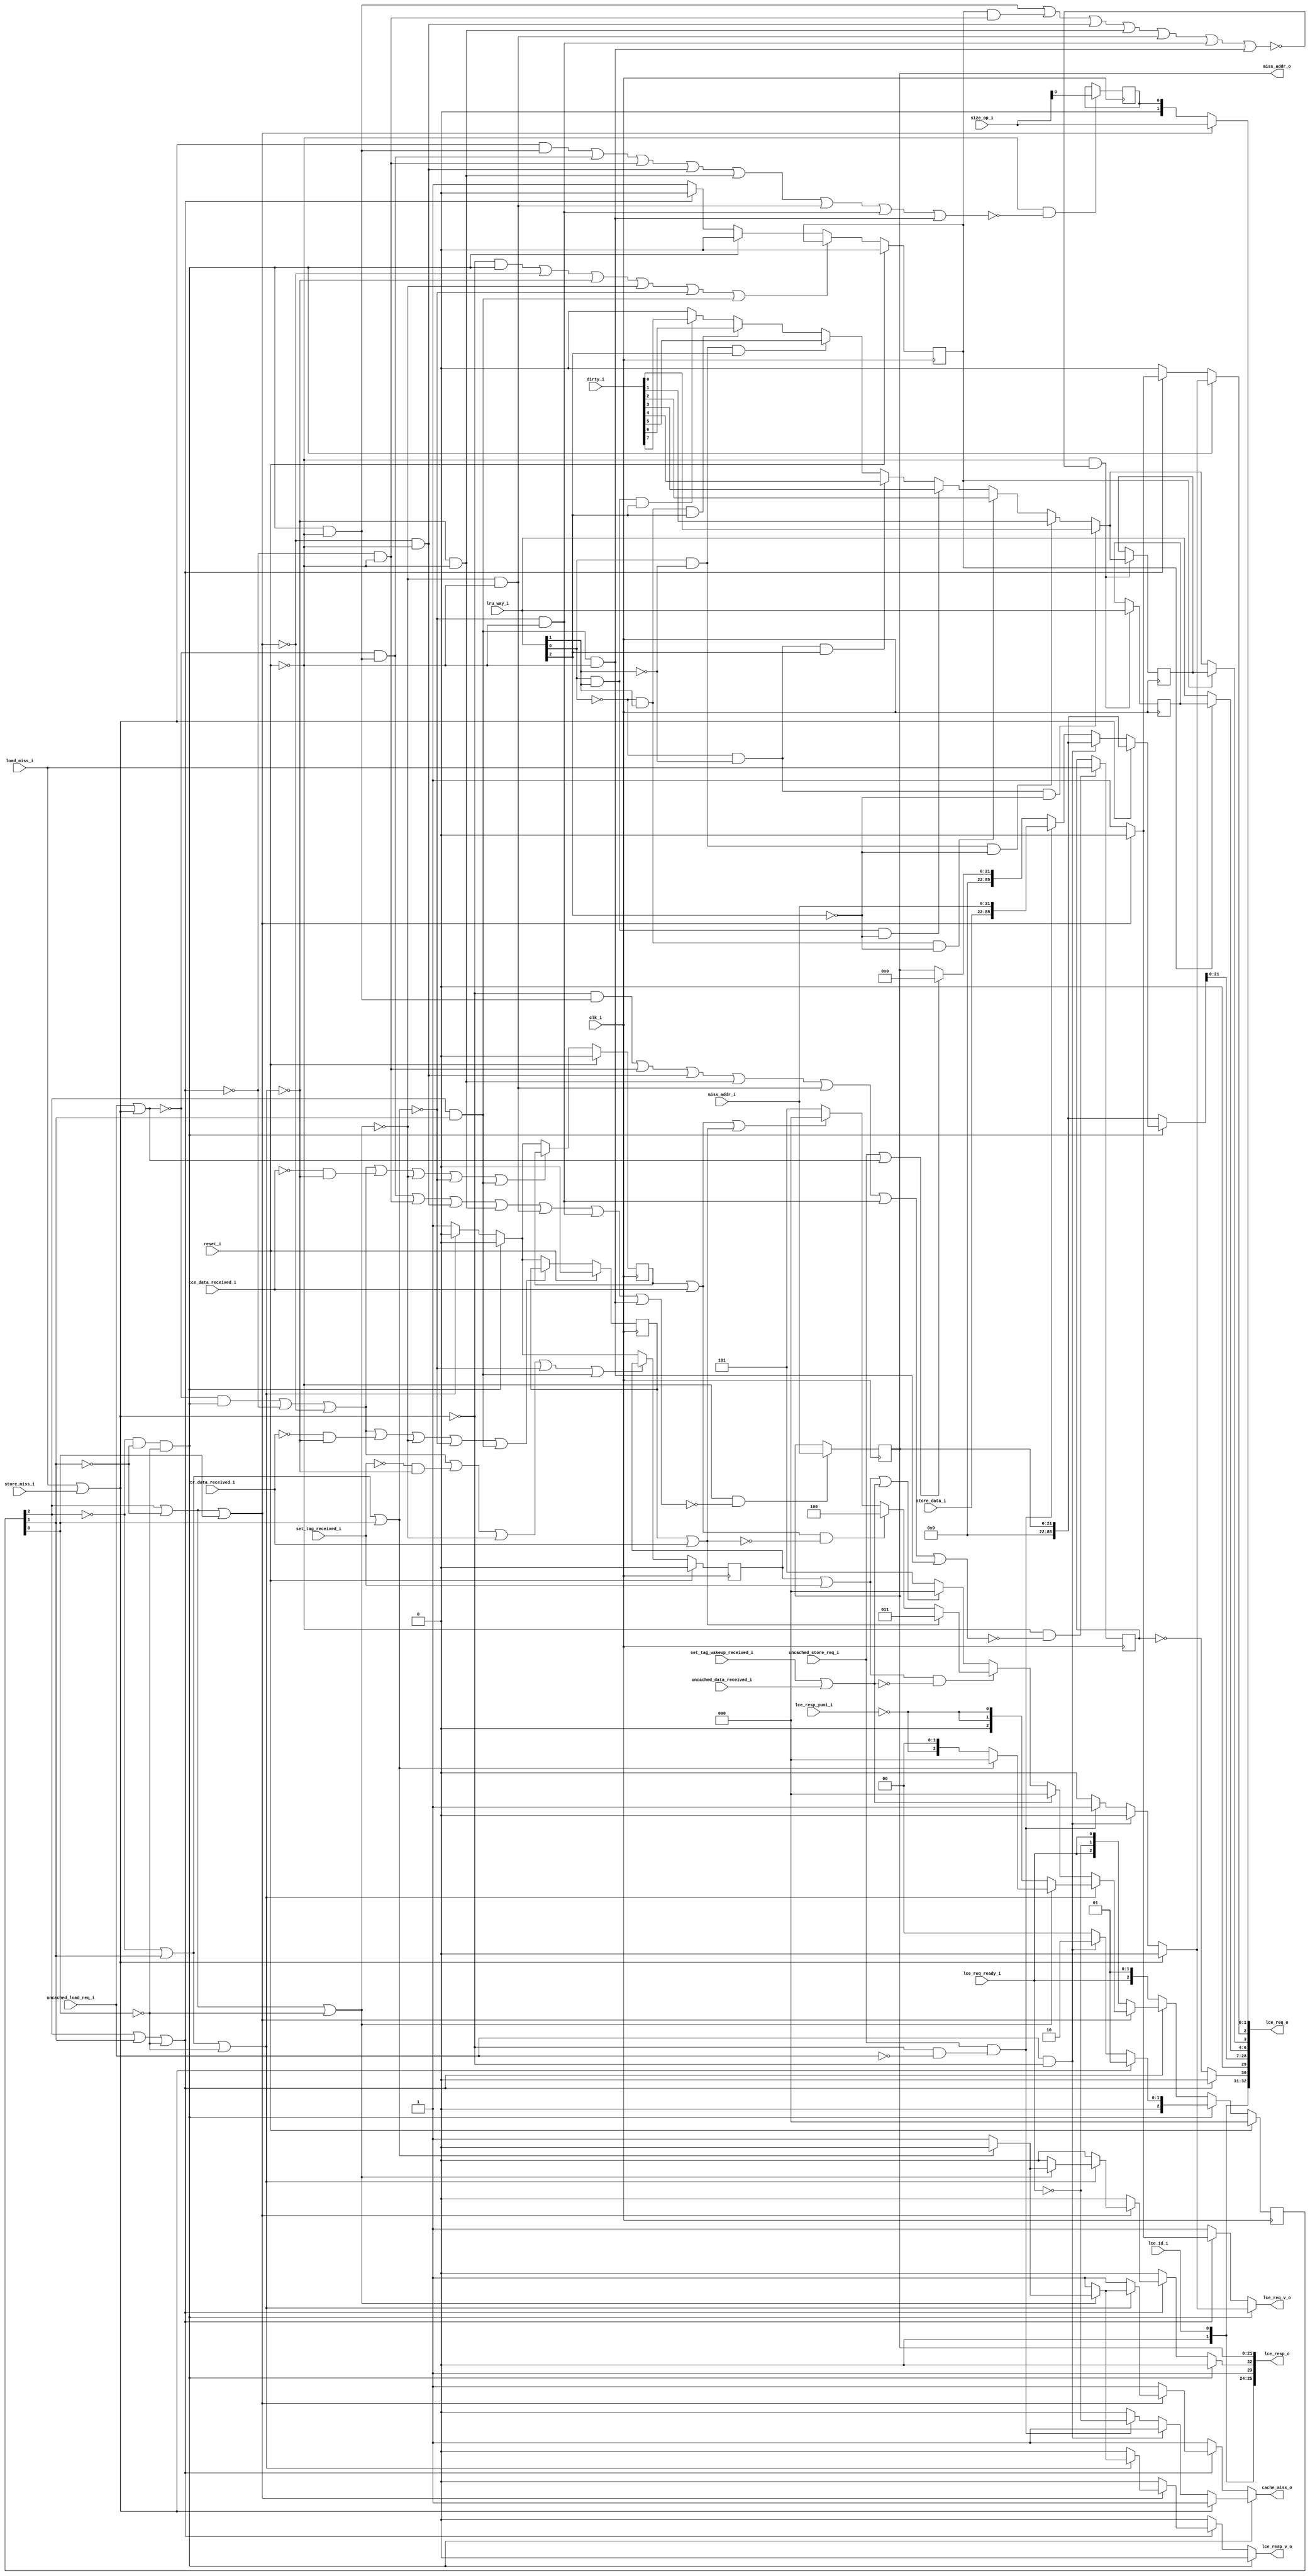
module bp_be_dcache_lce_req_data_width_p64_paddr_width_p22_num_cce_p1_num_lce_p2_ways_p8
(
  clk_i,
  reset_i,
  lce_id_i,
  load_miss_i,
  store_miss_i,
  miss_addr_i,
  lru_way_i,
  dirty_i,
  uncached_load_req_i,
  uncached_store_req_i,
  store_data_i,
  size_op_i,
  cache_miss_o,
  miss_addr_o,
  tr_data_received_i,
  cce_data_received_i,
  uncached_data_received_i,
  set_tag_received_i,
  set_tag_wakeup_received_i,
  lce_req_o,
  lce_req_v_o,
  lce_req_ready_i,
  lce_resp_o,
  lce_resp_v_o,
  lce_resp_yumi_i
);

  input [0:0] lce_id_i;
  input [21:0] miss_addr_i;
  input [2:0] lru_way_i;
  input [7:0] dirty_i;
  input [63:0] store_data_i;
  input [1:0] size_op_i;
  output [21:0] miss_addr_o;
  output [96:0] lce_req_o;
  output [25:0] lce_resp_o;
  input clk_i;
  input reset_i;
  input load_miss_i;
  input store_miss_i;
  input uncached_load_req_i;
  input uncached_store_req_i;
  input tr_data_received_i;
  input cce_data_received_i;
  input uncached_data_received_i;
  input set_tag_received_i;
  input set_tag_wakeup_received_i;
  input lce_req_ready_i;
  input lce_resp_yumi_i;
  output cache_miss_o;
  output lce_req_v_o;
  output lce_resp_v_o;
  wire [96:0] lce_req_o;
  wire [25:0] lce_resp_o;
  wire cache_miss_o,lce_req_v_o,lce_resp_v_o,N0,N1,N2,N3,N4,N5,N6,N7,N8,N9,N10,N11,
  tr_data_received,cce_data_received,set_tag_received,N12,N13,N14,N15,N16,N17,N18,N19,
  N20,N21,N22,N23,N24,N25,N26,N27,N28,dirty_lru_flopped_n,tr_data_received_n,
  cce_data_received_n,set_tag_received_n,N29,N30,N31,N32,N33,N34,N35,N36,N37,N38,N39,
  N40,N41,N42,N43,N44,N45,N46,N47,N48,N49,N50,N51,N52,N53,N54,N55,N56,N57,N58,N59,
  N60,N61,N62,N63,N64,N65,N66,N67,N68,N69,N70,N71,N72,N73,N74,N75,N76,N77,N78,N79,
  N80,N81,N82,N83,N84,N85,N86,N87,N88,N89,N90,N91,N92,N93,N94,N95,N96,N97,N98,N99,
  N100,N101,N102,N103,N104,N105,N106,N107,N108,N109,N110,N111,N112,N113,N114,N115,
  N116,N117,N118,N119,N120,N121,N122,N123,N124,N125,N126,N127,N128,N129,N130,N131,
  N132,N133,N134,N135,N136,N137,N138,N139,N140,N141,N142,N143,N144,N145,N146,N147,
  N148,N149,N150,N151,N152,N153,N154,N155,N156,N157,N158,N159,N160,N161,N162,N163,
  N164,N165,N166,N167,N168,N169,N170,N171,N172,N173,N174,N175,N176,N177,N178,N179,
  N180,N181,N182,N183,N184,N185,N186,N187,N188,N189,N190,N191,N192,N193,N194,N195,
  N196,N197,N198,N199,N200,N201,N202,N203,N204,N205,N206,N207,N208,N209,N210,N211,
  N212,N213,N214,N215,N216,N217,N218,N219,N220,N221,N222,N223,N224,N225,N226,N227,
  N228,N229,N230,N231,N232,N233,N234,N235,N236,N237,N238,N239,N240,N241,N242,N243,
  N244,N245,N246,N247,N248,N249,N250,N251,N252,N253,N254,N255,N256;
  wire [2:0] state_n;
  reg size_op_r,dirty_lru_flopped_r,tr_data_received_r,cce_data_received_r,
  set_tag_received_r,load_not_store_r,dirty_r;
  reg [2:0] state_r,lru_way_r;
  reg [21:0] miss_addr_o;
  assign lce_resp_o[23] = 1'b1;
  assign lce_resp_o[25] = 1'b0;
  assign lce_req_o[29] = 1'b0;
  assign lce_req_o[32] = 1'b0;
  assign lce_resp_o[21] = miss_addr_o[21];
  assign lce_resp_o[20] = miss_addr_o[20];
  assign lce_resp_o[19] = miss_addr_o[19];
  assign lce_resp_o[18] = miss_addr_o[18];
  assign lce_resp_o[17] = miss_addr_o[17];
  assign lce_resp_o[16] = miss_addr_o[16];
  assign lce_resp_o[15] = miss_addr_o[15];
  assign lce_resp_o[14] = miss_addr_o[14];
  assign lce_resp_o[13] = miss_addr_o[13];
  assign lce_resp_o[12] = miss_addr_o[12];
  assign lce_resp_o[11] = miss_addr_o[11];
  assign lce_resp_o[10] = miss_addr_o[10];
  assign lce_resp_o[9] = miss_addr_o[9];
  assign lce_resp_o[8] = miss_addr_o[8];
  assign lce_resp_o[7] = miss_addr_o[7];
  assign lce_resp_o[6] = miss_addr_o[6];
  assign lce_resp_o[5] = miss_addr_o[5];
  assign lce_resp_o[4] = miss_addr_o[4];
  assign lce_resp_o[3] = miss_addr_o[3];
  assign lce_resp_o[2] = miss_addr_o[2];
  assign lce_resp_o[1] = miss_addr_o[1];
  assign lce_resp_o[0] = miss_addr_o[0];
  assign lce_resp_o[24] = lce_id_i[0];
  assign lce_req_o[31] = lce_id_i[0];
  assign N28 = (N20)? dirty_i[0] :
               (N22)? dirty_i[1] :
               (N24)? dirty_i[2] :
               (N26)? dirty_i[3] :
               (N21)? dirty_i[4] :
               (N23)? dirty_i[5] :
               (N25)? dirty_i[6] :
               (N27)? dirty_i[7] : 1'b0;
  assign N32 = N29 & N30;
  assign N33 = N32 & N31;
  assign N34 = state_r[2] | state_r[1];
  assign N35 = N34 | N31;
  assign N37 = state_r[2] | N30;
  assign N38 = N37 | state_r[0];
  assign N40 = N29 | state_r[1];
  assign N41 = N40 | N31;
  assign N43 = state_r[2] | N30;
  assign N44 = N43 | N31;
  assign N46 = N29 | state_r[1];
  assign N47 = N46 | state_r[0];
  assign N49 = state_r[2] & state_r[1];
  assign lce_req_o[6:4] = (N0)? lru_way_r :
                          (N1)? lru_way_i : 1'b0;
  assign N0 = dirty_lru_flopped_r;
  assign N1 = N12;
  assign lce_req_o[3] = (N0)? dirty_r :
                        (N1)? N28 : 1'b0;
  assign N57 = (N2)? 1'b1 :
               (N167)? 1'b1 :
               (N170)? N54 :
               (N53)? 1'b0 : 1'b0;
  assign N2 = N50;
  assign { N59, N58 } = (N2)? { 1'b0, 1'b1 } :
                        (N167)? { 1'b1, 1'b0 } :
                        (N170)? { 1'b0, 1'b0 } :
                        (N53)? { 1'b0, 1'b0 } : 1'b0;
  assign N60 = (N2)? 1'b0 :
               (N167)? 1'b0 :
               (N170)? 1'b1 :
               (N53)? 1'b0 : 1'b0;
  assign { N146, N145, N144, N143, N142, N141, N140, N139, N138, N137, N136, N135, N134, N133, N132, N131, N130, N129, N128, N127, N126, N125, N124, N123, N122, N121, N120, N119, N118, N117, N116, N115, N114, N113, N112, N111, N110, N109, N108, N107, N106, N105, N104, N103, N102, N101, N100, N99, N98, N97, N96, N95, N94, N93, N92, N91, N90, N89, N88, N87, N86, N85, N84, N83, N82, N81, N80, N79, N78, N77, N76, N75, N74, N73, N72, N71, N70, N69, N68, N67, N66, N65, N64, N63, N62, N61 } = (N2)? { 1'b0, 1'b0, 1'b0, 1'b0, 1'b0, 1'b0, 1'b0, 1'b0, 1'b0, 1'b0, 1'b0, 1'b0, 1'b0, 1'b0, 1'b0, 1'b0, 1'b0, 1'b0, 1'b0, 1'b0, 1'b0, 1'b0, 1'b0, 1'b0, 1'b0, 1'b0, 1'b0, 1'b0, 1'b0, 1'b0, 1'b0, 1'b0, 1'b0, 1'b0, 1'b0, 1'b0, 1'b0, 1'b0, 1'b0, 1'b0, 1'b0, 1'b0, 1'b0, 1'b0, 1'b0, 1'b0, 1'b0, 1'b0, 1'b0, 1'b0, 1'b0, 1'b0, 1'b0, 1'b0, 1'b0, 1'b0, 1'b0, 1'b0, 1'b0, 1'b0, 1'b0, 1'b0, 1'b0, 1'b0, miss_addr_o } :
                                                                                                                                                                                                                                                                                                                                                                                                                                                                                                           (N167)? { 1'b0, 1'b0, 1'b0, 1'b0, 1'b0, 1'b0, 1'b0, 1'b0, 1'b0, 1'b0, 1'b0, 1'b0, 1'b0, 1'b0, 1'b0, 1'b0, 1'b0, 1'b0, 1'b0, 1'b0, 1'b0, 1'b0, 1'b0, 1'b0, 1'b0, 1'b0, 1'b0, 1'b0, 1'b0, 1'b0, 1'b0, 1'b0, 1'b0, 1'b0, 1'b0, 1'b0, 1'b0, 1'b0, 1'b0, 1'b0, 1'b0, 1'b0, 1'b0, 1'b0, 1'b0, 1'b0, 1'b0, 1'b0, 1'b0, 1'b0, 1'b0, 1'b0, 1'b0, 1'b0, 1'b0, 1'b0, 1'b0, 1'b0, 1'b0, 1'b0, 1'b0, 1'b0, 1'b0, 1'b0, miss_addr_o } :
                                                                                                                                                                                                                                                                                                                                                                                                                                                                                                           (N170)? { store_data_i, miss_addr_i } :
                                                                                                                                                                                                                                                                                                                                                                                                                                                                                                           (N53)? { 1'b0, 1'b0, 1'b0, 1'b0, 1'b0, 1'b0, 1'b0, 1'b0, 1'b0, 1'b0, 1'b0, 1'b0, 1'b0, 1'b0, 1'b0, 1'b0, 1'b0, 1'b0, 1'b0, 1'b0, 1'b0, 1'b0, 1'b0, 1'b0, 1'b0, 1'b0, 1'b0, 1'b0, 1'b0, 1'b0, 1'b0, 1'b0, 1'b0, 1'b0, 1'b0, 1'b0, 1'b0, 1'b0, 1'b0, 1'b0, 1'b0, 1'b0, 1'b0, 1'b0, 1'b0, 1'b0, 1'b0, 1'b0, 1'b0, 1'b0, 1'b0, 1'b0, 1'b0, 1'b0, 1'b0, 1'b0, 1'b0, 1'b0, 1'b0, 1'b0, 1'b0, 1'b0, 1'b0, 1'b0, miss_addr_o } : 1'b0;
  assign { N158, N157, N156 } = (N3)? { 1'b0, 1'b1, 1'b1 } :
                                (N174)? { 1'b1, 1'b0, 1'b0 } :
                                (N155)? { 1'b1, 1'b0, 1'b1 } : 1'b0;
  assign N3 = tr_data_received;
  assign { N161, N160, N159 } = (N4)? { 1'b0, 1'b0, 1'b0 } :
                                (N172)? { N158, N157, N156 } :
                                (N153)? { 1'b1, 1'b0, 1'b1 } : 1'b0;
  assign N4 = N151;
  assign lce_req_o[1:0] = (N5)? { 1'b0, size_op_r } :
                          (N163)? size_op_i : 1'b0;
  assign N5 = N39;
  assign lce_req_o[2] = (N6)? N60 :
                        (N7)? 1'b0 :
                        (N5)? 1'b1 :
                        (N8)? 1'b0 :
                        (N9)? 1'b0 :
                        (N10)? 1'b0 :
                        (N11)? 1'b0 : 1'b0;
  assign N6 = N33;
  assign N7 = N36;
  assign N8 = N42;
  assign N9 = N45;
  assign N10 = N48;
  assign N11 = N49;
  assign { lce_req_o[96:33], lce_req_o[28:7] } = (N6)? { N146, N145, N144, N143, N142, N141, N140, N139, N138, N137, N136, N135, N134, N133, N132, N131, N130, N129, N128, N127, N126, N125, N124, N123, N122, N121, N120, N119, N118, N117, N116, N115, N114, N113, N112, N111, N110, N109, N108, N107, N106, N105, N104, N103, N102, N101, N100, N99, N98, N97, N96, N95, N94, N93, N92, N91, N90, N89, N88, N87, N86, N85, N84, N83, N82, N81, N80, N79, N78, N77, N76, N75, N74, N73, N72, N71, N70, N69, N68, N67, N66, N65, N64, N63, N62, N61 } :
                                                 (N165)? { 1'b0, 1'b0, 1'b0, 1'b0, 1'b0, 1'b0, 1'b0, 1'b0, 1'b0, 1'b0, 1'b0, 1'b0, 1'b0, 1'b0, 1'b0, 1'b0, 1'b0, 1'b0, 1'b0, 1'b0, 1'b0, 1'b0, 1'b0, 1'b0, 1'b0, 1'b0, 1'b0, 1'b0, 1'b0, 1'b0, 1'b0, 1'b0, 1'b0, 1'b0, 1'b0, 1'b0, 1'b0, 1'b0, 1'b0, 1'b0, 1'b0, 1'b0, 1'b0, 1'b0, 1'b0, 1'b0, 1'b0, 1'b0, 1'b0, 1'b0, 1'b0, 1'b0, 1'b0, 1'b0, 1'b0, 1'b0, 1'b0, 1'b0, 1'b0, 1'b0, 1'b0, 1'b0, 1'b0, 1'b0, miss_addr_o } : 1'b0;
  assign lce_req_o[30] = (N7)? N147 :
                         (N166)? 1'b0 : 1'b0;
  assign dirty_lru_flopped_n = (N6)? 1'b0 :
                               (N7)? 1'b1 : 1'b0;
  assign tr_data_received_n = (N6)? 1'b0 :
                              (N8)? 1'b1 : 1'b0;
  assign cce_data_received_n = (N6)? 1'b0 :
                               (N8)? 1'b1 : 1'b0;
  assign set_tag_received_n = (N6)? 1'b0 :
                              (N8)? 1'b1 : 1'b0;
  assign cache_miss_o = (N6)? N57 :
                        (N7)? 1'b1 :
                        (N5)? 1'b1 :
                        (N8)? 1'b1 :
                        (N9)? 1'b1 :
                        (N10)? 1'b1 :
                        (N11)? 1'b0 : 1'b0;
  assign state_n = (N6)? { 1'b0, N59, N58 } :
                   (N7)? { lce_req_ready_i, 1'b0, 1'b1 } :
                   (N5)? { lce_req_ready_i, N54, lce_req_ready_i } :
                   (N8)? { N161, N160, N159 } :
                   (N9)? { 1'b0, N162, N162 } :
                   (N10)? { N162, 1'b0, 1'b0 } :
                   (N11)? { 1'b0, 1'b0, 1'b0 } : 1'b0;
  assign lce_req_v_o = (N6)? N60 :
                       (N7)? 1'b1 :
                       (N5)? 1'b1 :
                       (N8)? 1'b0 :
                       (N9)? 1'b0 :
                       (N10)? 1'b0 :
                       (N11)? 1'b0 : 1'b0;
  assign lce_resp_v_o = (N6)? 1'b0 :
                        (N7)? 1'b0 :
                        (N5)? 1'b0 :
                        (N8)? 1'b0 :
                        (N9)? 1'b1 :
                        (N10)? 1'b1 :
                        (N11)? 1'b0 : 1'b0;
  assign lce_resp_o[22] = (N6)? 1'b0 :
                          (N7)? 1'b0 :
                          (N5)? 1'b0 :
                          (N8)? 1'b0 :
                          (N9)? 1'b0 :
                          (N10)? 1'b1 :
                          (N11)? 1'b0 : 1'b0;
  assign tr_data_received = tr_data_received_r | tr_data_received_i;
  assign cce_data_received = cce_data_received_r | cce_data_received_i;
  assign set_tag_received = set_tag_received_r | set_tag_received_i;
  assign N12 = ~dirty_lru_flopped_r;
  assign N13 = ~lru_way_i[0];
  assign N14 = ~lru_way_i[1];
  assign N15 = N13 & N14;
  assign N16 = N13 & lru_way_i[1];
  assign N17 = lru_way_i[0] & N14;
  assign N18 = lru_way_i[0] & lru_way_i[1];
  assign N19 = ~lru_way_i[2];
  assign N20 = N15 & N19;
  assign N21 = N15 & lru_way_i[2];
  assign N22 = N17 & N19;
  assign N23 = N17 & lru_way_i[2];
  assign N24 = N16 & N19;
  assign N25 = N16 & lru_way_i[2];
  assign N26 = N18 & N19;
  assign N27 = N18 & lru_way_i[2];
  assign N29 = ~state_r[2];
  assign N30 = ~state_r[1];
  assign N31 = ~state_r[0];
  assign N36 = ~N35;
  assign N39 = ~N38;
  assign N42 = ~N41;
  assign N45 = ~N44;
  assign N48 = ~N47;
  assign N50 = load_miss_i | store_miss_i;
  assign N51 = uncached_load_req_i | N50;
  assign N52 = uncached_store_req_i | N51;
  assign N53 = ~N52;
  assign N54 = ~lce_req_ready_i;
  assign N55 = ~N51;
  assign N56 = ~N50;
  assign N147 = ~load_not_store_r;
  assign N148 = ~tr_data_received_i;
  assign N149 = ~cce_data_received_i;
  assign N150 = ~set_tag_received_i;
  assign N151 = set_tag_wakeup_received_i | uncached_data_received_i;
  assign N152 = set_tag_received | N151;
  assign N153 = ~N152;
  assign N154 = cce_data_received | tr_data_received;
  assign N155 = ~N154;
  assign N162 = ~lce_resp_yumi_i;
  assign N163 = N38;
  assign N164 = ~N33;
  assign N165 = N164;
  assign N166 = N35;
  assign N167 = uncached_load_req_i & N56;
  assign N168 = ~uncached_load_req_i;
  assign N169 = N56 & N168;
  assign N170 = uncached_store_req_i & N169;
  assign N171 = ~N151;
  assign N172 = set_tag_received & N171;
  assign N173 = ~tr_data_received;
  assign N174 = cce_data_received & N173;
  assign N175 = ~reset_i;
  assign N176 = N33 & N175;
  assign N177 = N50 & N176;
  assign N178 = N55 & N176;
  assign N179 = N177 | N178;
  assign N180 = N36 & N175;
  assign N181 = N179 | N180;
  assign N182 = N39 & N175;
  assign N183 = N181 | N182;
  assign N184 = N42 & N175;
  assign N185 = N183 | N184;
  assign N186 = N45 & N175;
  assign N187 = N185 | N186;
  assign N188 = N48 & N175;
  assign N189 = N187 | N188;
  assign N190 = N49 & N175;
  assign N191 = N189 | N190;
  assign N192 = ~N191;
  assign N193 = N175 & N192;
  assign N194 = N56 & N33;
  assign N195 = N194 | N39;
  assign N196 = N195 | N42;
  assign N197 = N196 | N45;
  assign N198 = N197 | N48;
  assign N199 = N198 | N49;
  assign N200 = ~N199;
  assign N201 = N55 & N33;
  assign N202 = N201 | N36;
  assign N203 = N202 | N39;
  assign N204 = N148 & N42;
  assign N205 = N203 | N204;
  assign N206 = N205 | N45;
  assign N207 = N206 | N48;
  assign N208 = N207 | N49;
  assign N209 = ~N208;
  assign N210 = N149 & N42;
  assign N211 = N203 | N210;
  assign N212 = N211 | N45;
  assign N213 = N212 | N48;
  assign N214 = N213 | N49;
  assign N215 = ~N214;
  assign N216 = N150 & N42;
  assign N217 = N203 | N216;
  assign N218 = N217 | N45;
  assign N219 = N218 | N48;
  assign N220 = N219 | N49;
  assign N221 = ~N220;
  assign N222 = N56 & N176;
  assign N223 = N222 | N180;
  assign N224 = N223 | N182;
  assign N225 = N224 | N184;
  assign N226 = N225 | N186;
  assign N227 = N226 | N188;
  assign N228 = N227 | N190;
  assign N229 = ~N228;
  assign N230 = N175 & N229;
  assign N231 = dirty_lru_flopped_r & N180;
  assign N232 = N176 | N231;
  assign N233 = N232 | N182;
  assign N234 = N233 | N184;
  assign N235 = N234 | N186;
  assign N236 = N235 | N188;
  assign N237 = N236 | N190;
  assign N238 = ~N237;
  assign N239 = N175 & N238;
  assign N240 = dirty_lru_flopped_r & N180;
  assign N241 = N176 | N240;
  assign N242 = N241 | N182;
  assign N243 = N242 | N184;
  assign N244 = N243 | N186;
  assign N245 = N244 | N188;
  assign N246 = N245 | N190;
  assign N247 = ~N246;
  assign N248 = N175 & N247;
  assign N249 = N178 | N180;
  assign N250 = N249 | N182;
  assign N251 = N250 | N184;
  assign N252 = N251 | N186;
  assign N253 = N252 | N188;
  assign N254 = N253 | N190;
  assign N255 = ~N254;
  assign N256 = N175 & N255;

  always @(posedge clk_i) begin
    if(N193) begin
      size_op_r <= size_op_i[0];
    end
    if(reset_i) begin
      { state_r[2:0] } <= { 1'b0, 1'b0, 1'b0 };
    end else if(1'b1) begin
      { state_r[2:0] } <= { state_n[2:0] };
    end
    if(reset_i) begin
      dirty_lru_flopped_r <= 1'b0;
    end else if(N200) begin
      dirty_lru_flopped_r <= dirty_lru_flopped_n;
    end
    if(reset_i) begin
      tr_data_received_r <= 1'b0;
    end else if(N209) begin
      tr_data_received_r <= tr_data_received_n;
    end
    if(reset_i) begin
      cce_data_received_r <= 1'b0;
    end else if(N215) begin
      cce_data_received_r <= cce_data_received_n;
    end
    if(reset_i) begin
      set_tag_received_r <= 1'b0;
    end else if(N221) begin
      set_tag_received_r <= set_tag_received_n;
    end
    if(N230) begin
      load_not_store_r <= load_miss_i;
    end
    if(N239) begin
      { lru_way_r[2:0] } <= { lru_way_i[2:0] };
    end
    if(N248) begin
      dirty_r <= N28;
    end
    if(N256) begin
      { miss_addr_o[21:0] } <= { miss_addr_i[21:0] };
    end
  end


endmodule